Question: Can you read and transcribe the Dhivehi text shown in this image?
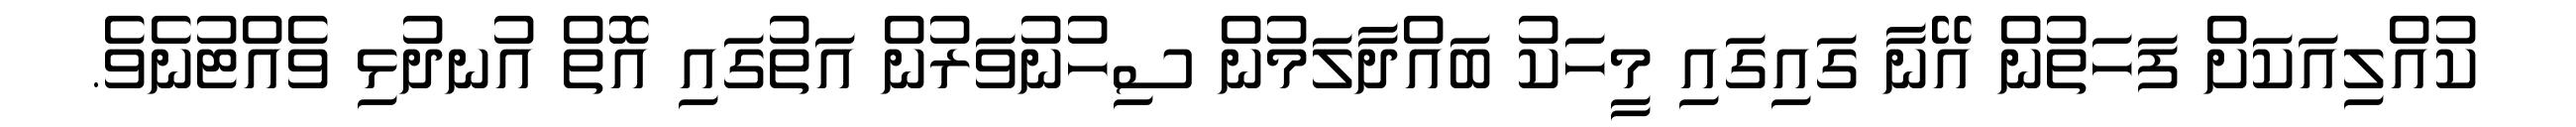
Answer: ކުއްލިއަކަށް ފަހަތުން އޭނާ ގައިގައި މީހަކު ބައްދާލަމުން ސިހުނުވަރުން އަތުގައި އޮތް އުނދުޅި ވެއްޓުނެވެ.